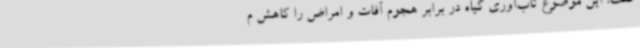
گفت: این موضوع تاب‌آوری گیاه در برابر هجوم آفات و امراض را کاهش م